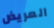
العريض